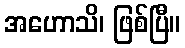
အဟောသိ၊ ဖြစ်ပြီ။